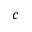
c